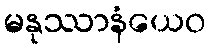
မနုဿာနံယေဝ